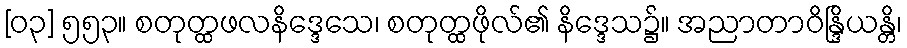
[၀၃] ၅၅၃။ စတုတ္ထဖလနိဒ္ဒေသေ၊ စတုတ္ထဖိုလ်၏ နိဒ္ဒေသ၌။ အညာတာဝိန္ဒြိယန္တိ၊